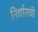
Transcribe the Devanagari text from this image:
निर्धाराची